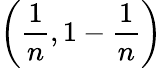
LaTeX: \left({\frac{1}{n}},1-{\frac{1}{n}}\right)